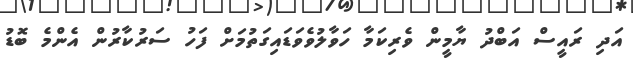
އަދި ރައީސް އަބްދު ޔާމީން ވެރިކަމާ ހަވާލުވެވަޑައިގަތުމަށް ފަހު ސަރުކާރުން އެންމެ ބޮޑު